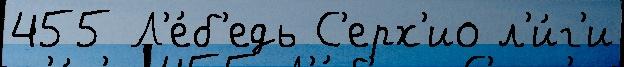
455 Л'е́б'едь С'ерх'ио л'и́г'и